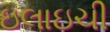
ઇલાઇચી